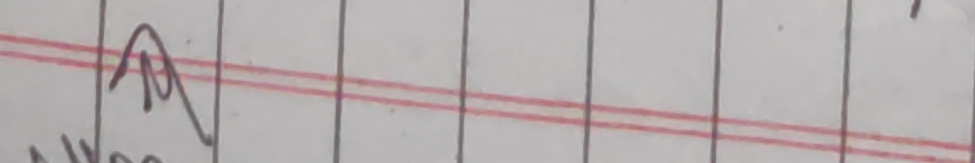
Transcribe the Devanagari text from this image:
अबको